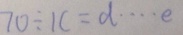
7 0 \div 1 c = d \cdots e